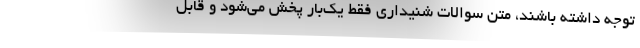
توجه داشته باشند، متن سوالات شنیداری فقط یک‌بار پخش می‌شود و قابل